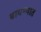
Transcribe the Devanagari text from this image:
बाधण्यात